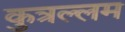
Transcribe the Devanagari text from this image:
कुत्रल्लम